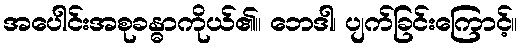
အပေါင်းအစုခန္ဓာကိုယ်၏။ ဘေဒါ၊ ပျက်ခြင်းကြောင့်။